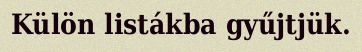
Külön listákba gyűjtjük.